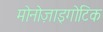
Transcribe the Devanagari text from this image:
मोनोज़ाइगोटिक